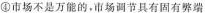
④市场不是万能的，市场调节具有固有弊端